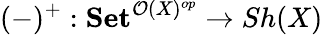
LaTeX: (-)^{+}:\mathbf{Set}^{{\mathcal{O}}(X)^{op}}\to Sh(X)